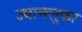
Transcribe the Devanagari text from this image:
ज्यानलुका